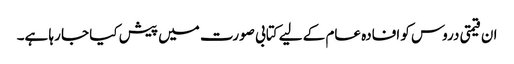
ان قیمتی دروس کو افادہ عام کے لیے کتابی صورت میں پیش کیا جا رہا ہے۔